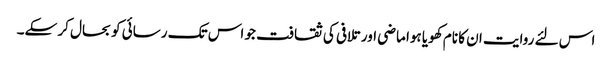
اس لئے روایت ان کا نام کھویا ہوا ماضی اور تلافی کی ثقافت جو اس تک رسائی کو بحال کر سکے۔